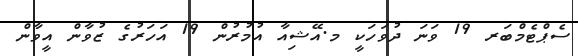
ސެޕްޓެމްބަރ 19 ވަނަ ދުވަހަކީ މ.އޭޝިއާ އުމުރުން 19 އަހަރުގެ ޒުވާން އީވާން